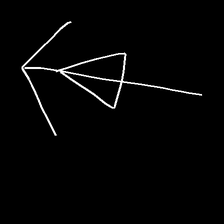
Glyph: pull